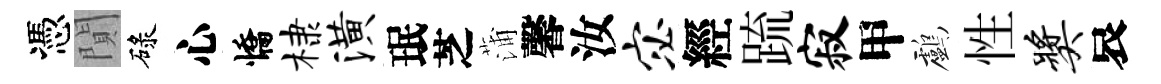
憑閴碌心憍棣潢珉芝蒲馨汝宓經䟽寂甲鸕性奖哀